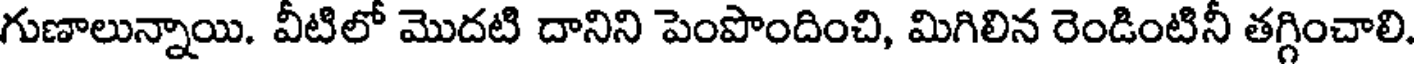
గుణాలున్నాయి. వీటిలో మొదటి దానిని పెంపొందించి, మిగిలిన రెండింటినీ తగ్గించాలి